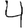
Digit: 4